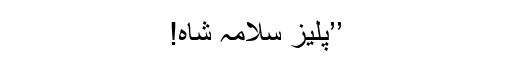
’’پلیز سلامہ شاہ!